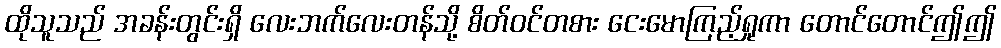
ထိုသူသည် အခန်းတွင်းရှိ လေးဘက်လေးတန်သို့ စိတ်ဝင်တစား ငေးမောကြည့်ရှုကာ တောင်တောင်ဤဤ